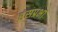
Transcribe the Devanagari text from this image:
हंसप्रभा